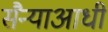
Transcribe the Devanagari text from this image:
सैन्याआधी